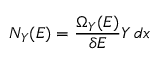
N _ { Y } ( E ) = { \frac { \Omega _ { Y } ( E ) } { \delta E } } Y \, d x